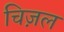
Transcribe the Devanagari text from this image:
चिज़ल